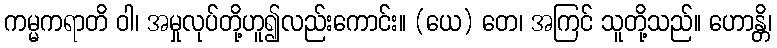
ကမ္မကရာတိ ဝါ၊ အမှုလုပ်တို့ဟူ၍လည်းကောင်း။ (ယေ) တေ၊ အကြင် သူတို့သည်။ ဟောန္တိ၊